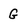
Character: G